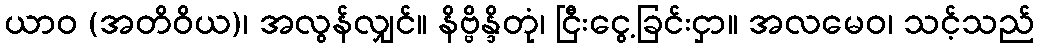
ယာဝ (အတိဝိယ)၊ အလွန်လျှင်။ နိဗ္ဗိန္ဒိတုံ၊ ငြီးငွေ့ခြင်းငှာ။ အလမေဝ၊ သင့်သည်